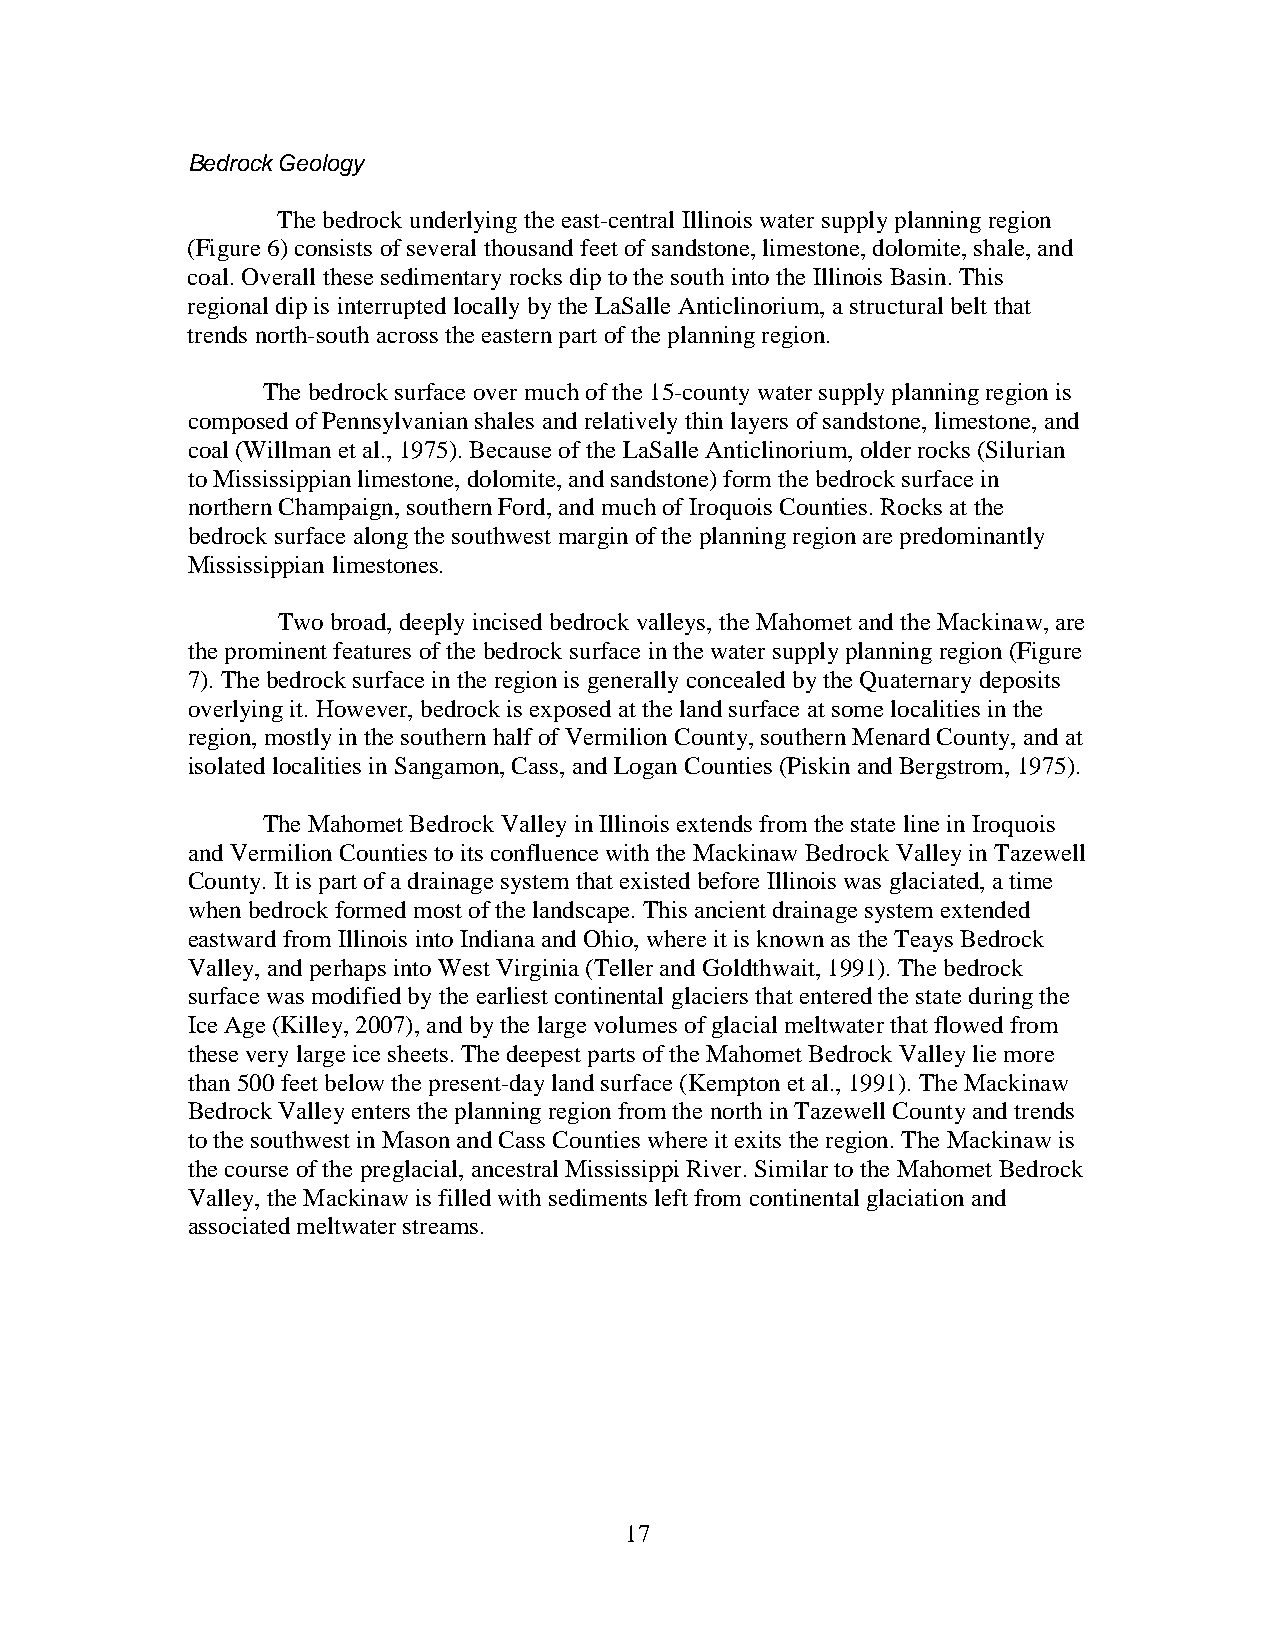
Bedrock Geology
 The bedrock underlying the east-central Illinois water supply planning region
 (Figure 6) consists of several thousand feet of sandstone, limestone, dolomite, shale, and
 coal. Overall these sedimentary rocks dip to the south into the Illinois Basin. This
 regional dip is interrupted locally by the LaSalle Anticlinorium, a structural belt that
 trends north-south across the eastern part of the planning region.
 The bedrock surface over much of the 15-county water supply planning region is
 composed of Pennsylvanian shales and relatively thin layers of sandstone, limestone, and
 coal (Willman et al., 1975). Because of the LaSalle Anticlinorium, older rocks (Silurian
 to Mississippian limestone, dolomite, and sandstone) form the bedrock surface in
 northern Champaign, southern Ford, and much of Iroquois Counties. Rocks at the
 bedrock surface along the southwest margin of the planning region are predominantly
 Mississippian limestones.
 Two broad, deeply incised bedrock valleys, the Mahomet and the Mackinaw, are
 the prominent features of the bedrock surface in the water supply planning region (Figure
 7). The bedrock surface in the region is generally concealed by the Quaternary deposits
 overlying it. However, bedrock is exposed at the land surface at some localities in the
 region, mostly in the southern half of Vermilion County, southern Menard County, and at
 isolated localities in Sangamon, Cass, and Logan Counties (Piskin and Bergstrom, 1975).
 The Mahomet Bedrock Valley in Illinois extends from the state line in Iroquois
 and Vermilion Counties to its confluence with the Mackinaw Bedrock Valley in Tazewell
 County. It is part of a drainage system that existed before Illinois was glaciated, a time
 when bedrock formed most of the landscape. This ancient drainage system extended
 eastward from Illinois into Indiana and Ohio, where it is known as the Teays Bedrock
 Valley, and perhaps into West Virginia (Teller and Goldthwait, 1991). The bedrock
 surface was modified by the earliest continental glaciers that entered the state during the
 Ice Age (Killey, 2007), and by the large volumes of glacial meltwater that flowed from
 these very large ice sheets. The deepest parts of the Mahomet Bedrock Valley lie more
 than 500 feet below the present-day land surface (Kempton et al., 1991). The Mackinaw
 Bedrock Valley enters the planning region from the north in Tazewell County and trends
 to the southwest in Mason and Cass Counties where it exits the region. The Mackinaw is
 the course of the preglacial, ancestral Mississippi River. Similar to the Mahomet Bedrock
 Valley, the Mackinaw is filled with sediments left from continental glaciation and
 associated meltwater streams.
 17